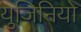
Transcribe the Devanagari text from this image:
युजिनियो